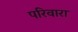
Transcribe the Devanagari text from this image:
परिवारा